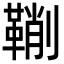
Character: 鞩